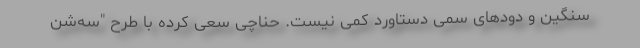
سنگین و دودهای سمی دستاورد کمی نیست. حناچی سعی کرده با طرح "سه‌شن